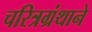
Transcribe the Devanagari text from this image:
चरित्रग्रंथाने